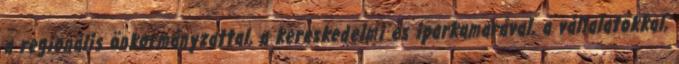
a regionális önkormányzattal, a kereskedelmi és iparkamarával, a vállalatokkal,